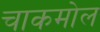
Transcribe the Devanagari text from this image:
चाकमोल